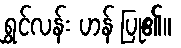
ရွှင်လန်း ဟန် ပြု၏။